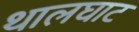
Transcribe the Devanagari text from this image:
थालघाट